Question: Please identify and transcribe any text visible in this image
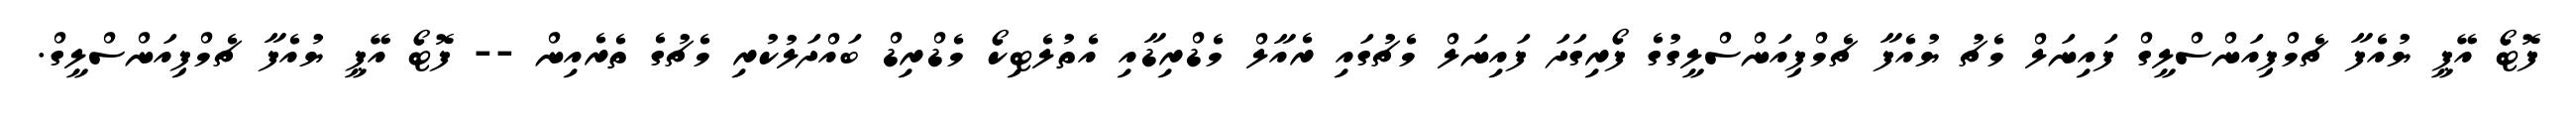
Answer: ފޮޓޯ އޭޕީ ޔުއެފާ ޗެމްޕިއަންސްލީގް ފައިނަލް މެޗު ޔުއެފާ ޗެމްޕިއަންސްލީގުގެ ފޯރިގަދަ ފައިނަލް މެޗުގައި ރެއާލް މެޑްރިޑާއި އެތުލެޓިކޯ މެޑްރިޑް ބައްދަލުކުރި މެޗުގެ ތެރެއިން -- ފޮޓޯ އޭޕީ ޔުއެފާ ޗެމްޕިއަންސްލީގް.